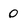
Character: 0